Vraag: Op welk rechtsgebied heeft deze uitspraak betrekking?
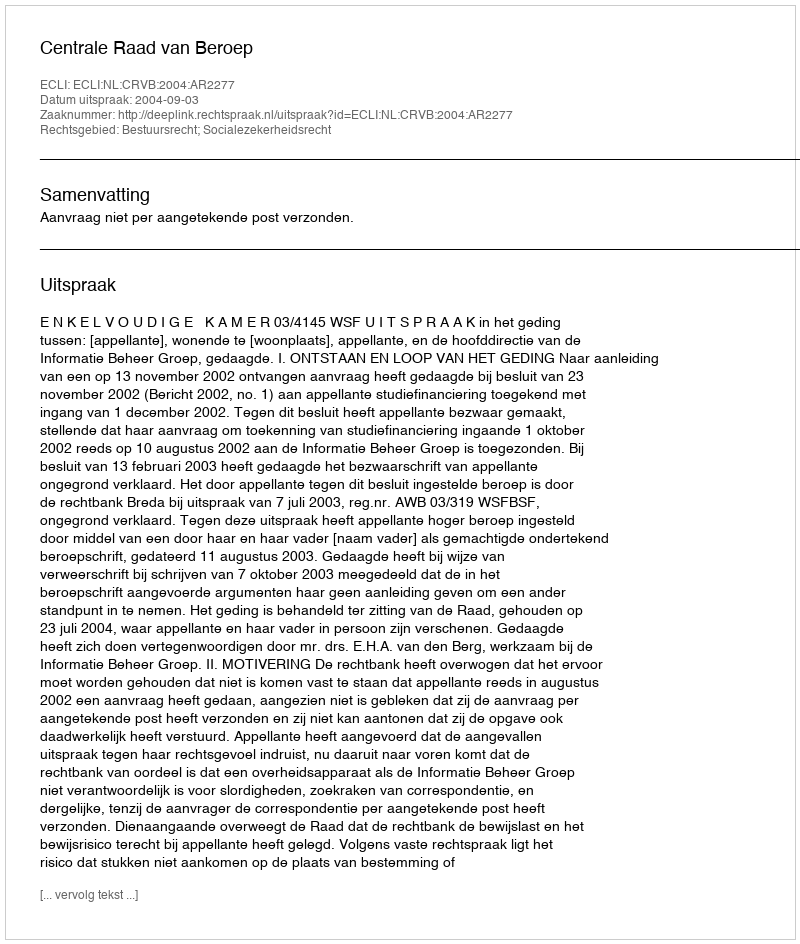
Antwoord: Bestuursrecht; Socialezekerheidsrecht